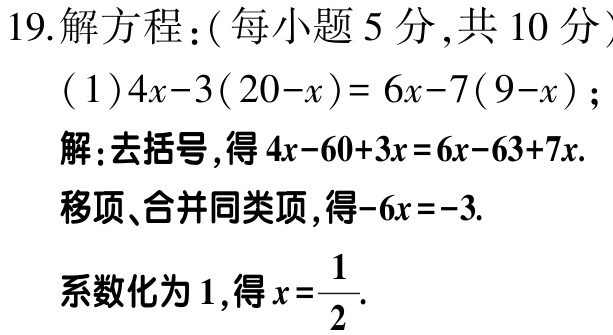
19.解方程：( 每小题 5 分,共 10 分 )

( 1 )\(4x - 3(20 - x)=6x - 7(9 - x)\)；

解：去括号,得\(4x - 60 + 3x = 6x - 63 + 7x\).

移项、合并同类项,得\(-6x = -3\).

系数化为 1,得\(x=\frac{1}{2}\).